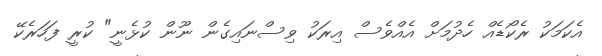
އެކަމަކު ރެކޯޑެއް ހެދުމަށް އެއްވެސް އިރަކު ވިިސްނައިގެން ނޫން ކުޅެނީ" ކުރީ ފަހަރެކޭ